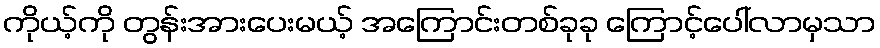
ကိုယ့်ကို တွန်းအားပေးမယ့် အကြောင်းတစ်ခုခု ကြောင့်ပေါ်လာမှသာ